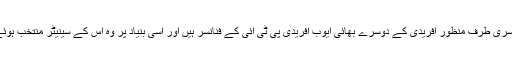
دوسری طرف منظور آفریدی کے دوسرے بھائی ایوب آفریدی پی ٹی آئی کے فنانسر ہیں اور اسی بنیاد پر وہ اس کے سینیٹر منتخب ہوئے ۔